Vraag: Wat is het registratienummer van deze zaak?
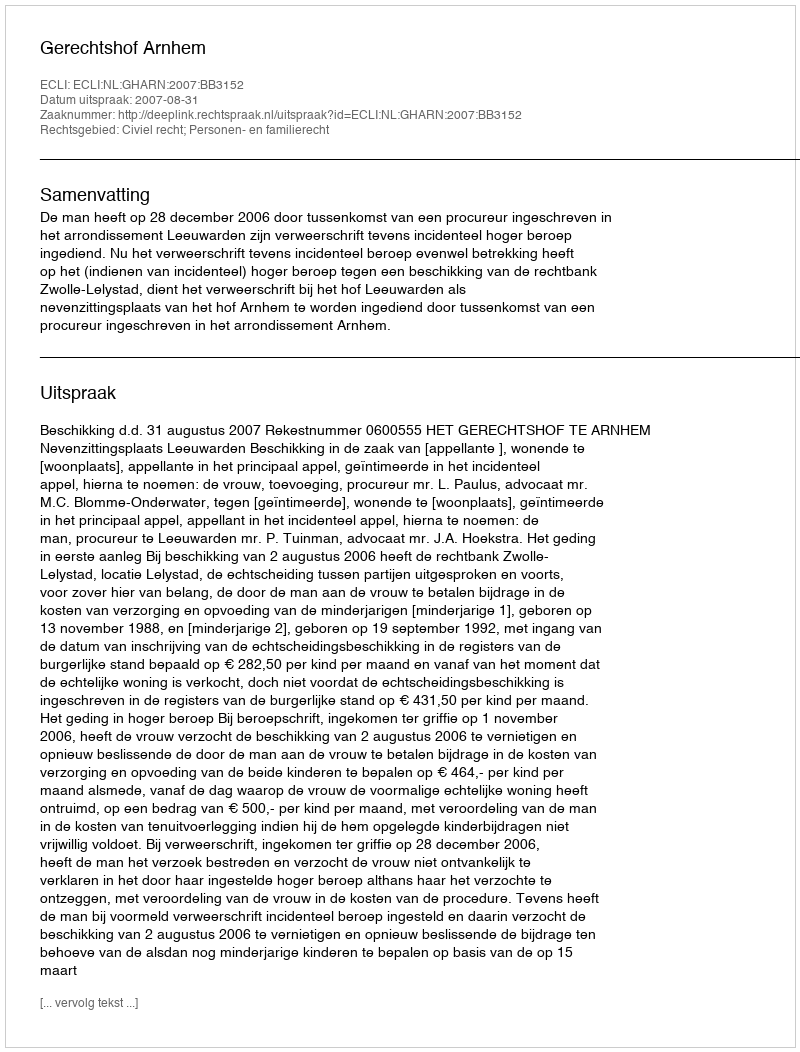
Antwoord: http://deeplink.rechtspraak.nl/uitspraak?id=ECLI:NL:GHARN:2007:BB3152